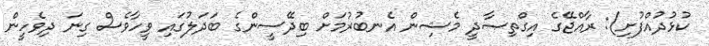
ކުޅުދުއްފުށި): ރާއްޖޭގެ އިގްތިޞާދީ މެޝިން އެނބުރުމަށް ބިދޭސީންގެ ބަދަލުގައި ވީހާވެސް ގިނަ ދިވެހީން